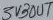
Text: USBOUT